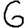
Digit: 6